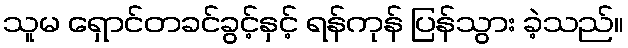
သူမ ရှောင်တခင်ခွင့်နှင့် ရန်ကုန် ပြန်သွား ခဲ့သည်။